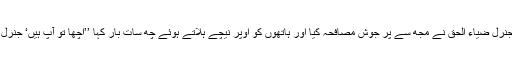
اس پر جنرل ضیاء الحق نے مجھ سے پر جوش مصافحہ کیا اور ہاتھوں کو اوپر نیچے ہلاتے ہوئے چھ سات بار کہا ’’اچھا تو آپ ہیں‘ جنرل عارف۔